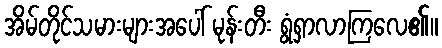
အိမ်တိုင်သမားများအပေါ် မုန်းတီး ရွံရှာလာကြလေ၏။